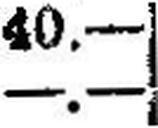
—.—